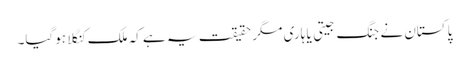
پاکستان نے جنگ جیتی یا ہاری مگر حقیقت یہ ہے کہ ملک کنگلا ہوگیا۔